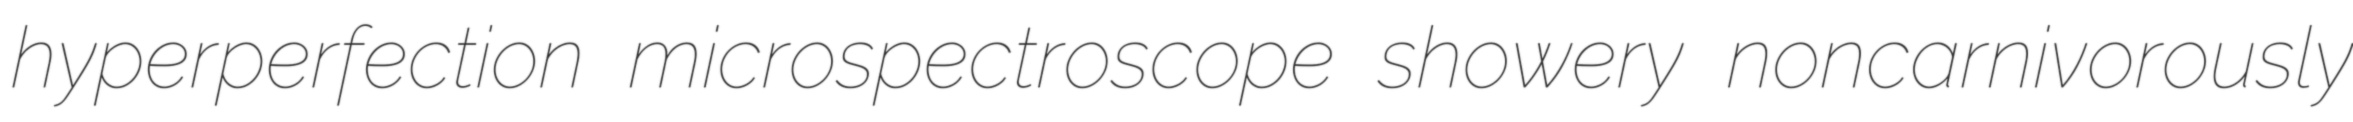
hyperperfection microspectroscope showery noncarnivorously